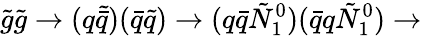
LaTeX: {\tilde{g}}{\tilde{g}}\rightarrow(q{\tilde{\bar{q}}})({\bar{q}}{\tilde{q}})\rightarrow(q{\bar{q}}{\tilde{N}}_{1}^{0})({\bar{q}}q{\tilde{N}}_{1}^{0})\rightarrow